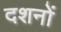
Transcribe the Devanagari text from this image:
दशनों